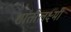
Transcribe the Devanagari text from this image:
शांतीलक्ष्मी